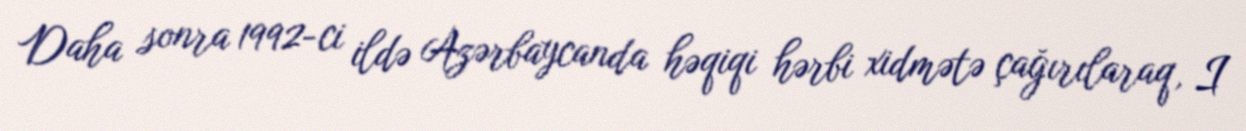
Daha sonra 1992-ci ildə Azərbaycanda həqiqi hərbi xidmətə çağırılaraq, I